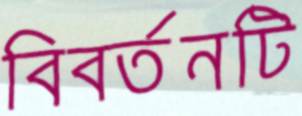
বিবর্তনটি